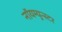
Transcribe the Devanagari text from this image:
नॉयम्युन्स्टर